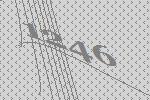
1246